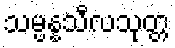
သမ္ပန္နသီလသုတ္တ